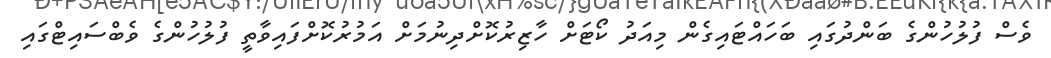
ވެސް ފުލުހުންގެ ބަންދުގައި ބަހައްޓައިގެން މިއަދު ކޯޓަށް ހާޒިރުކޮށްދިނުމަށް އަމުރުކޮށްފައިވާތީ ފުލުހުންގެ ވެބްސައިޓްގައި